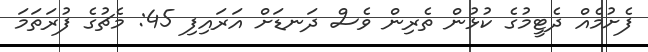
ފެށުމެއް ދެޓީމުގެ ކުޅުން ތެރިން ވެސް ދަނޑަށް އަރައިފި 45: މެޗުގެ ފުރަތަަމަ